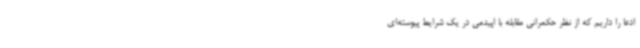
ادعا را داریم که از نظر حکمرانی مقابله با اپیدمی در یک شرایط پیوسته‌ای